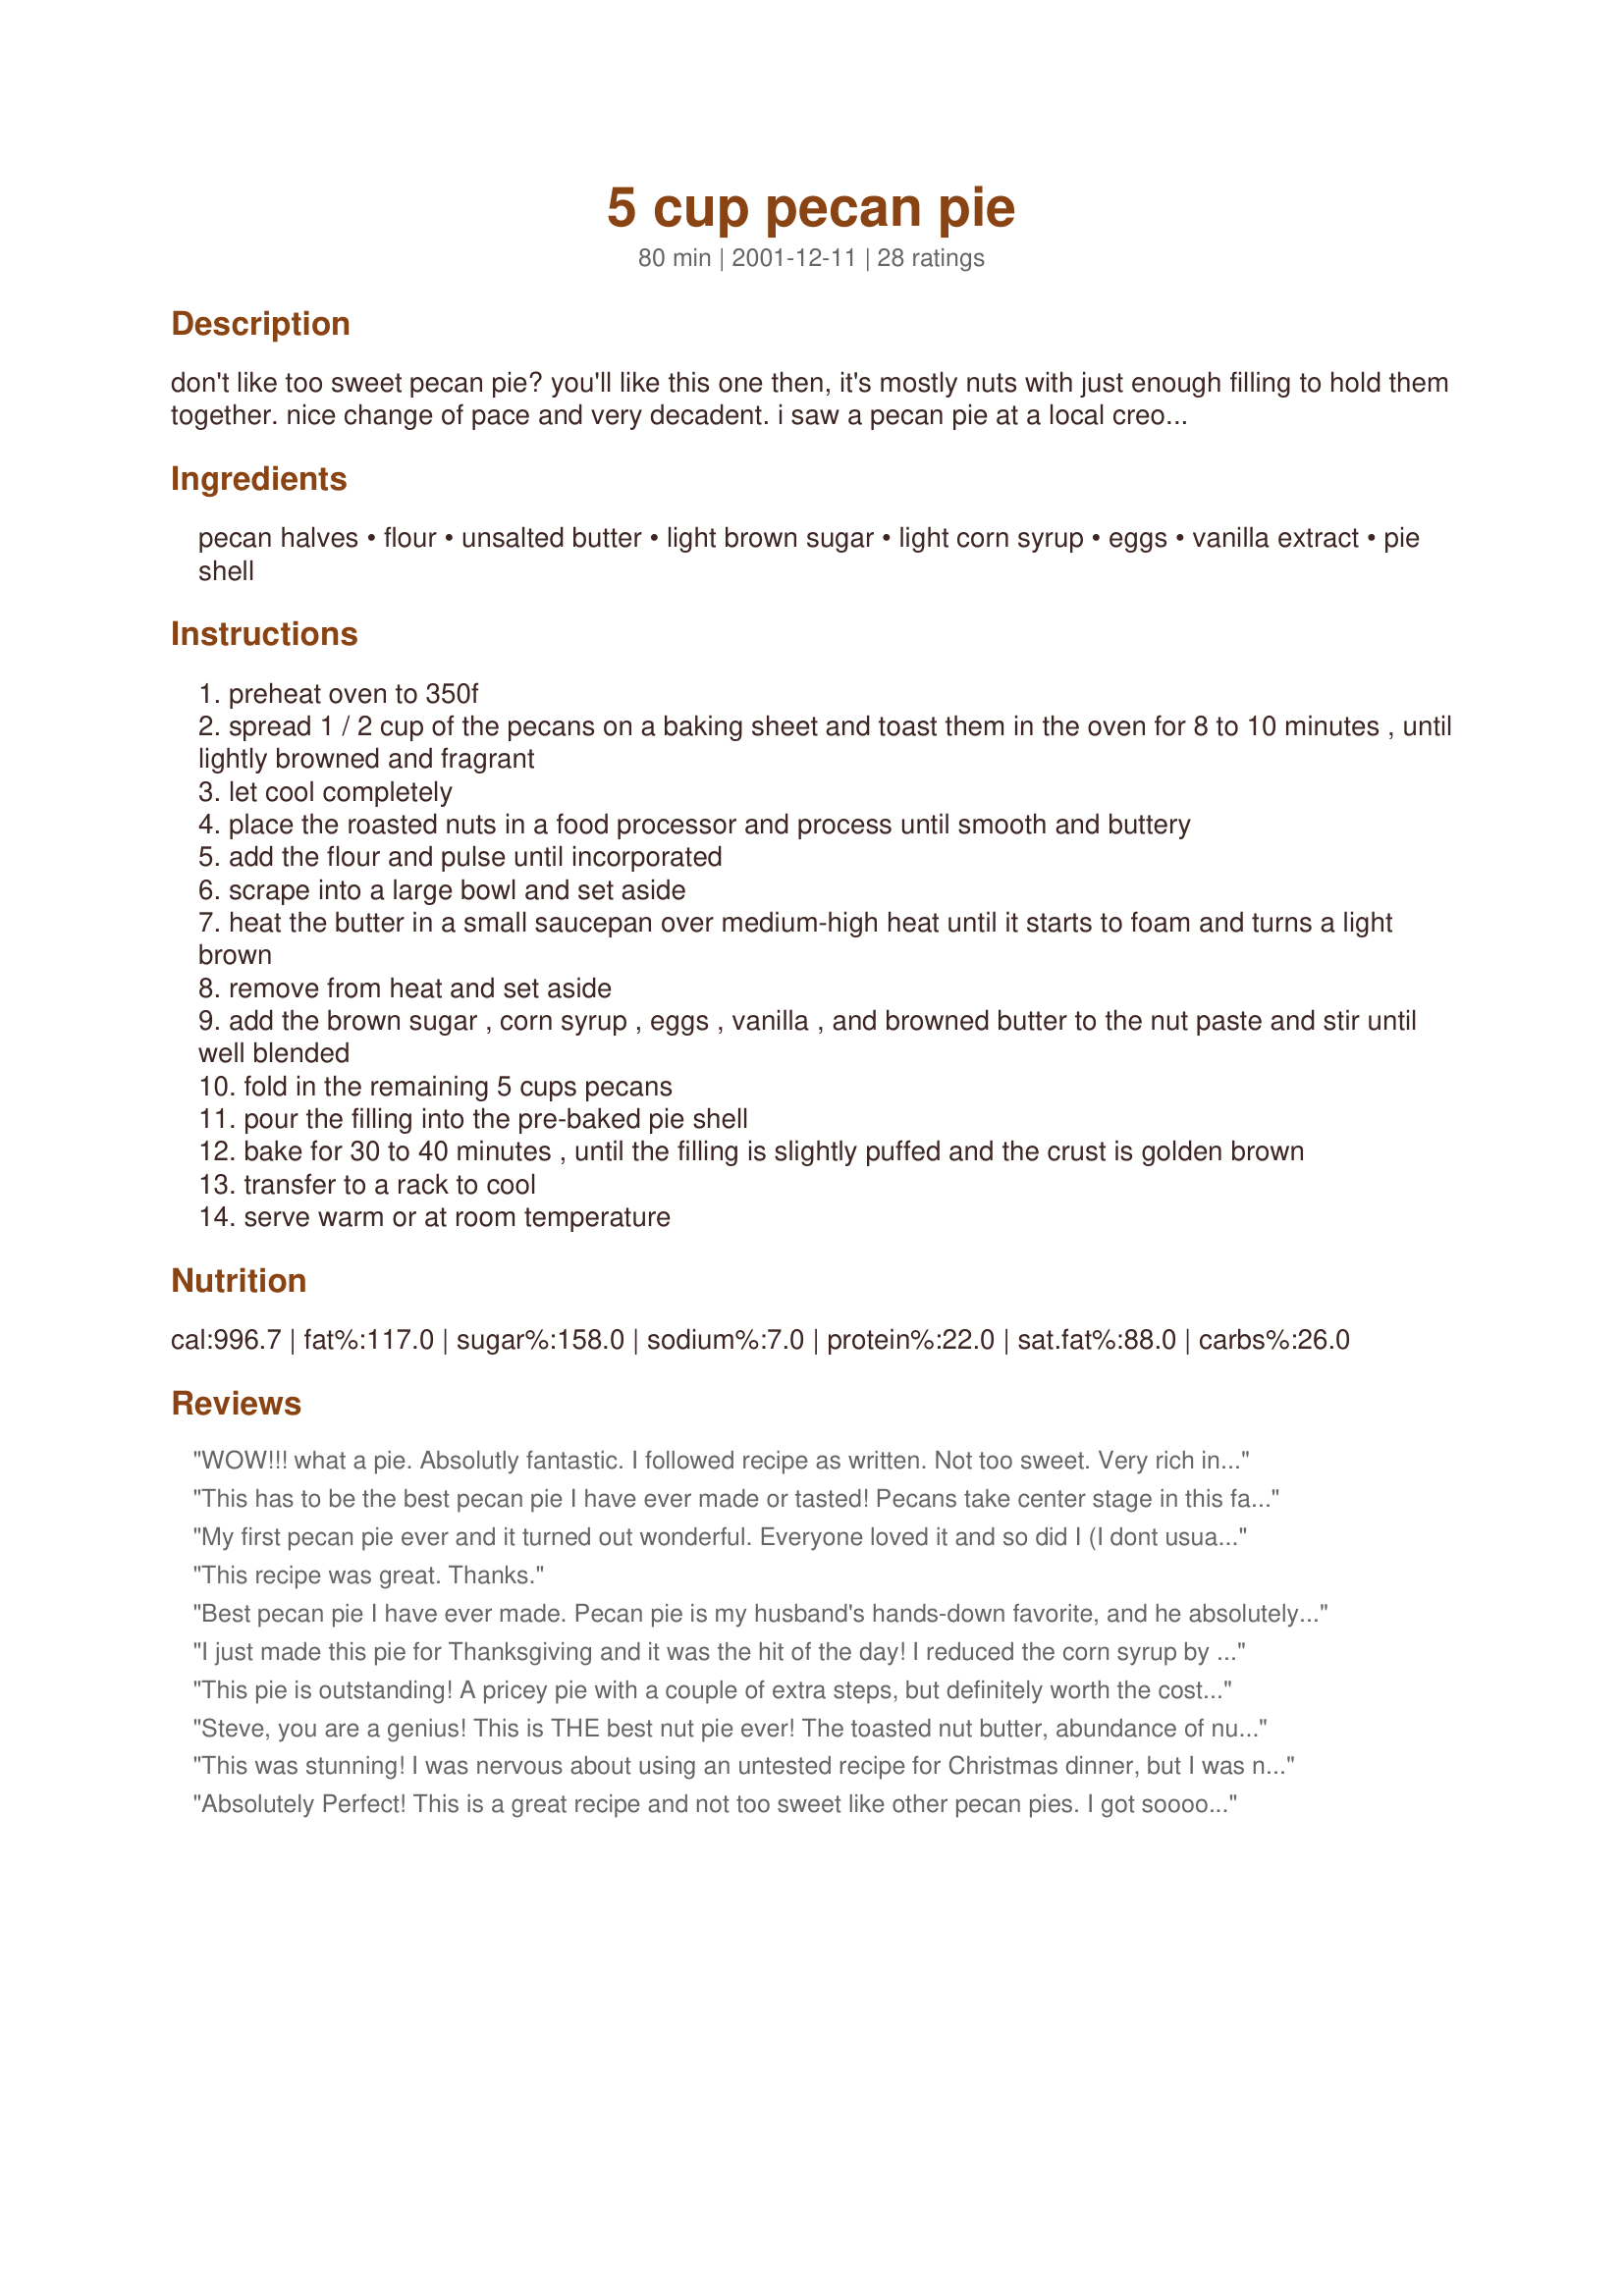
5 cup pecan pie
Preparation time: 80 minutes

don't like too sweet pecan pie? you'll like this one then, it's mostly nuts with just enough filling to hold them together. nice change of pace and very decadent. i saw a pecan pie at a local creole restaurant, in a suburb of washington dc, that gave me the idea to develop this one.

Ingredients:
pecan halves, flour, unsalted butter, light brown sugar, light corn syrup, eggs, vanilla extract, pie shell

Steps:
preheat oven to 350f
spread 1 / 2 cup of the pecans on a baking sheet and toast them in the oven for 8 to 10 minutes , until lightly browned and fragrant
let cool completely
place the roasted nuts in a food processor and process until smooth and buttery
add the flour and pulse until incorporated
scrape into a large bowl and set aside
heat the butter in a small saucepan over medium-high heat until it starts to foam and turns a light brown
remove from heat and set aside
add the brown sugar , corn syrup , eggs , vanilla , and browned butter to the nut paste and stir until well blended
fold in the remaining 5 cups pecans
pour the filling into the pre-baked pie shell
bake for 30 to 40 minutes , until the filling is slightly puffed and the crust is golden brown
transfer to a rack to cool
serve warm or at room temperature

Reviews:
WOW!!! what a pie. Absolutly fantastic. I followed recipe as written. Not too sweet. Very rich in flavor. And no leftovers. I baked in a deep dish pan and it fit perfectly. Thanks so much for the wonderful recipe!!!
This has to be the best pecan pie I have ever made or tasted! Pecans take center stage in this fabulous recipe. Simple to prepare with excellent results! Thanks for sharing, Steve!
My first pecan pie ever and it turned out wonderful. Everyone loved it and so did I (I dont usually like all the goo that is normal pecan pie). Even though 5 cups of pecans can be expensive, this pie is well worth it!
This recipe was great. Thanks.
Best pecan pie I have ever made. Pecan pie is my husband's hands-down favorite, and he absolutely LOVED this one. He had another slice of pie for breakfast the following morning.

I'm not a big fan of pecan pie normally, but I ate an entire slice of this one and it was delicious.
I just made this pie for Thanksgiving and it was the hit of the day! I reduced the corn syrup by 1 Tbs and used 1 Tbs of brandy. I also used only 4 1/2 cups of pecans because that's all I had in the house :-) The pecan paste gives the pie marvelous flavor and the consistency of the filling is wonderful. We all enjoyed it and this will be the recipe I use from now on. Thanks Steve!
This pie is outstanding! A pricey pie with a couple of extra steps, but definitely worth the cost and effort. I made this for Christmas dinner, but it actually filled TWO deep dish pie shells. Bonus! I had an extra one to take to a Christmas Eve party. I baked them together for exactly 30 minutes, though they probably could have gone a little longer. I always seem to burn pecan pies for some reason, so I was overly cautious about it this time. Everyone at both places raved about this recipe!
Steve, you are a genius! This is THE best nut pie ever! The toasted nut butter, abundance of nuts and the lighter filling make this wonderful. I used walnuts, as my SIL is allergic to pecans. The only other adjustment was to increase bake time for high altitude, and next time will use a larger pan. This was definitely a big hit at Thanksgiving dinner, thank you! My other nut pie recipes are now out the window.
This was stunning! I was nervous about using an untested recipe for Christmas dinner, but I was not disappointed! I ended up using a 1.5QT casserole dish, and it was the perfect size. There`s a lot of pecans! Even my "What do you mean we aren't using my family's traditional recipe?!?" husband enjoyed it!
Absolutely Perfect! This is a great recipe and not too sweet like other pecan pies. I got soooo many compliments on this one, I will use this recipe every year.
This was quite a pie! Very rich and moist and ooooh so hard to stop eating! I received many compliments and will definitely make this again. I will probably cut back the recipe slightly as it overflowed in a deep dish pie crust, but that was easily solved by putting the remainder into muffin tins which we ate fresh out of the oven! Thanks so much for an amazing recipe!
this is awesome. it's the best i have eaten. no disappointment everyone should try it!
Love this not too sweet pecan pie. I must say I did not follow the recipe exactly as I mis-read the direction. Instead of 1/2 C of Pecans toasted and processed, I used 1/2 of the Pecans! But, it turned out great and was very tasty. I had request for the recipe! Next time I will follow the direction, who knows maybe even better. Love the flavor
This is absolutely fabulous! I love pecan pie, but it is often way too sweet - this one is just perfect. Rich, just sweet enough and the wonderful pecan flavor is dominant. I'm not a great baker and this recipe went without a hitch -Thanks Steve for a superb recipe!
I have made this recipe a few times and it has been well liked. It is somewhat labor intensive but worth the effort. Lots of pecans, just the way a pecan pie should be. The recipe I have always used is from: An American Place by Larry Forgione
This is the perfect pecan pie. Chock full of nuts without all of that super-sweet filling. Perfect! The directions are clear and easy to follow. I used dark corn syrup instead of light because that was all I had on hand and it worked just fine. My pie crusts must have been on the smallish side because I had enough filling for one deep dish pie plus one regular pie. I froze the “bonus” pie and it kept just fine.
Thank you, Steve, for a wonderful pecan pie recipe! We're nuts about pecan pie at our house (pun intended) and we loved this recipe. I'll be making it again and again - I followed the recipe exactly and wouldn't change a thing!
Didn't like this recipe! Way too many pecans! Good flavor but it was too hard to even cut because of all the pecans. Family members were disappointed in this pie on Christmas Day and it was left on plates. Will definately NOT make this recipe again!
Thanks for posting
This was the BEST pie ever!! And so easy.


This pie was a big hit with my family. I will definitely be making this one again. Thanks so much for posting.
This is absolutely the best pecan pie I have ever eaten! I could eat the whole thing by myself! It is dangerous in my house! If you like nuts better than custard, this pie is for you. Foolproof!
This was my first attempt at making a pecan pie, and I think I did pretty good! While this did have a different texture and flavor from the normal pecan pies, I will say that this is a great option. I was asked to make a less-sweet pie for the holidays, and this will definitely work. The only changes I made was to substitute chopped pecans for some of the whole pecans, making it easier to cut. I also couldn't get my food processor to make pecan butter, but I did as much as I could, and it still worked. :-)
Great recipe indeed. I've been making this for a decade. The "genius" creator of this dish is Larry Forgione. It's "restaurant quality" alright-- An American Place was of quality (that is, to us New Yorkers, before it moved to Lex.). We should give credit where it's due... its only right that we mention the source.
Update: Its published in his book, "An American Place" and posted on Food Network's site. Gimme a break! http://www.foodnetwork.com/food/recipes/recipe/0,,FOOD_9936_13658,00.html 

I had problems with this recipe. I used a 9" deep dish pan but it overflowed, making a mess & ruining the crust edge. Also, I baked it for 40 minutes until it was plenty brown, as you can see in the photo, but it still didn't set firmly - an ooey, gooey, runny (but yummy!) mess of a presentation that we ended up serving over icecream as a topping. I did re-bake it the next day, covered with foil, for another 20 minutes and that helped. Still, even with those problems, we loved the taste and the recipe is easy enough to put together. I've always yearned for a pecan pie with less filling and more nuts and I will try making this Larry Forgione recipe again - using 2 smaller pie shells. *Also, the pie shell should be PRE-BAKED.
I LOVED the taste of this pie. Taking the butter and cooking it until it was golden brown and toasting some of the pecans first and making a paste with it just makes the flavour of this pie intense to say the least. This is not a cheap pie to make, but if you want something special, this is THE recipe to make.
Steve, this is the perfect pie! Its just sweet enough and full of nuts without being either syrup-y or dry. I&#039;ve never tasted anything like it and I didn&#039;t change a thing. I made both this pie and your $25 pumpkin pie for Thanksgiving yesterday, and my husband has been offering to clean and get my nails done all morning. This is the only pecan pie recipe i will ever use, thank you!
Very Very good, not too sweet like most others. A bit much for a standard 9" pie, needs either a deep dish or a larger pie crust. I ended up with enough filling for 3 extra ramkin fulls.
